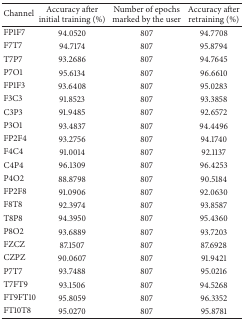
<table><thead><tr><td><b> Channel </b></td><td><b> Accuracy after initial training (%) </b></td><td><b> Number of epochs marked by the user </b></td><td><b> Accuracy after retraining (%) </b></td></tr></thead><tbody><tr><td> FP1F7 </td><td> 94.0520 </td><td> 807 </td><td> 94.7708 </td></tr><tr><td> F7T7 </td><td> 94.7174 </td><td> 807 </td><td> 95.8794 </td></tr><tr><td> T7P7 </td><td> 93.2686 </td><td> 807 </td><td> 94.7645 </td></tr><tr><td> P7O1 </td><td> 95.6134 </td><td> 807 </td><td> 96.6610 </td></tr><tr><td> FP1F3 </td><td> 93.6408 </td><td> 807 </td><td> 95.0283 </td></tr><tr><td> F3C3 </td><td> 91.8523 </td><td> 807 </td><td> 93.3858 </td></tr><tr><td> C3P3 </td><td> 91.9485 </td><td> 807 </td><td> 92.6572 </td></tr><tr><td> P3O1 </td><td> 93.4837 </td><td> 807 </td><td> 94.4496 </td></tr><tr><td> FP2F4 </td><td> 93.2756 </td><td> 807 </td><td> 94.1740 </td></tr><tr><td> F4C4 </td><td> 91.0014 </td><td> 807 </td><td> 92.1137 </td></tr><tr><td> C4P4 </td><td> 96.1309 </td><td> 807 </td><td> 96.4253 </td></tr><tr><td> P4O2 </td><td> 88.8798 </td><td> 807 </td><td> 90.5184 </td></tr><tr><td> FP2F8 </td><td> 91.0906 </td><td> 807 </td><td> 92.0630 </td></tr><tr><td> F8T8 </td><td> 92.3974 </td><td> 807 </td><td> 93.8587 </td></tr><tr><td> T8P8 </td><td> 94.3950 </td><td> 807 </td><td> 95.4360 </td></tr><tr><td> P8O2 </td><td> 93.6889 </td><td> 807 </td><td> 93.7203 </td></tr><tr><td> FZCZ </td><td> 87.1507 </td><td> 807 </td><td> 87.6928 </td></tr><tr><td> CZPZ </td><td> 90.0607 </td><td> 807 </td><td> 91.9421 </td></tr><tr><td> P7T7 </td><td> 93.7488 </td><td> 807 </td><td> 95.0216 </td></tr><tr><td> T7FT9 </td><td> 93.1506 </td><td> 807 </td><td> 94.5268 </td></tr><tr><td> FT9FT10 </td><td> 95.8059 </td><td> 807 </td><td> 96.3352 </td></tr><tr><td> FT10T8 </td><td> 95.0270 </td><td> 807 </td><td> 95.8781 </td></tr></tbody></table>